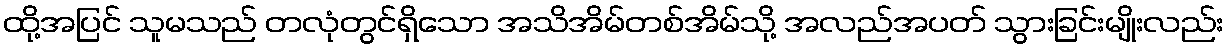
ထို့အပြင် သူမသည် တလုံတွင်ရှိသော အသိအိမ်တစ်အိမ်သို့ အလည်အပတ် သွားခြင်းမျိုးလည်း